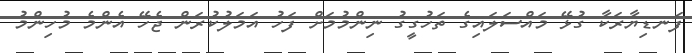
ފަނޑިޔާރަކާ ގުޅޭ މައްސަލައިގެ ތަހުގީގު ނިންމުމަށް ފަހު އަމަލުކުރަން ޖެހޭ އެންމެ މުހިންމު